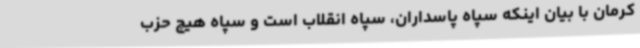
کرمان با بیان اینکه سپاه پاسداران، سپاه انقلاب است و سپاه هیچ حزب